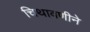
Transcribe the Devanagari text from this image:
चिथावणीने